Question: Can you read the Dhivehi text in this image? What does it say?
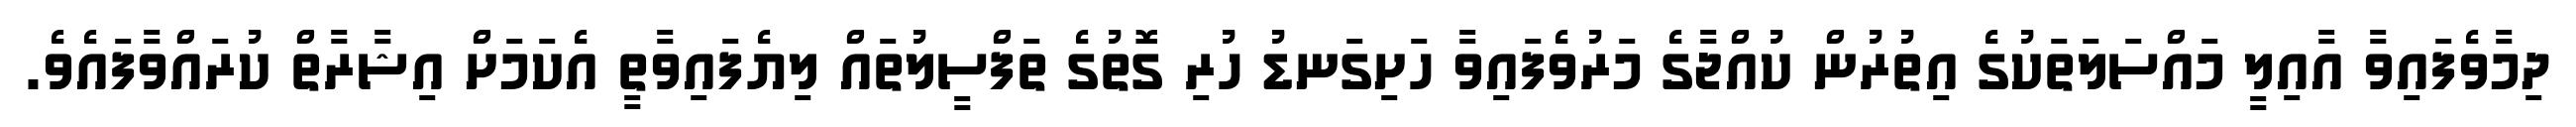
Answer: ދިމާވެފައިވާ އާއިލީ މައްސަލަތަކުގެ އިތުރުން ކުއްޖާގެ މަރުވެފައިވާ ހަށިގަނޑު ހުރި ގޮތުގެ ތަފްސީލުތައް ލިޔެފައިވާތީ އެކަމަށް އިޝާރާތް ކުރައްވާފައެވެ.